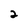
Character: 2